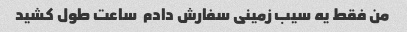
من فقط یه سیب زمینی سفارش دادم  ساعت طول کشید